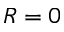
R = 0